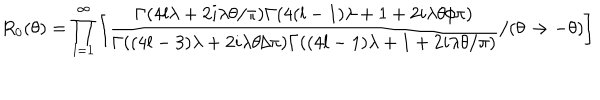
R _ { 0 } ( \theta ) = \prod _ { l = 1 } ^ { \infty } \left[ \frac { \Gamma ( 4 l \lambda + 2 i \lambda \theta / \pi ) \Gamma ( 4 ( l - 1 ) \lambda + 1 + 2 i \lambda \theta / \pi ) } { \Gamma ( ( 4 l - 3 ) \lambda + 2 i \lambda \theta / \pi ) \Gamma ( ( 4 l - 1 ) \lambda + 1 + 2 i \lambda \theta / \pi ) } / ( \theta \to - \theta ) \right]